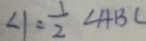
\angle 1 = \frac { 1 } { 2 } \angle A B C